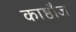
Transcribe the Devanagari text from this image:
काष्ठौज